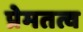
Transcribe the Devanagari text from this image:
प्रेमतत्व